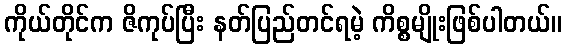
ကိုယ်တိုင်က ဇိကုပ်ပြီး နတ်ပြည်တင်ရမဲ့ ကိစ္စမျိုးဖြစ်ပါတယ်။